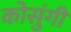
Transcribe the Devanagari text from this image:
कोसुंगी